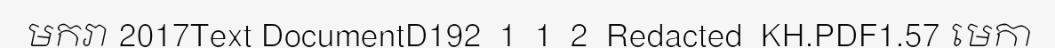
មករា 2017Text DocumentD192_1_1_2_Redacted_KH.PDF1.57 មេកា